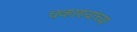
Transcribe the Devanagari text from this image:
चव्हाण्यांच्या